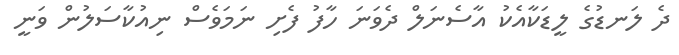
ދެ ލަނޑުގެ ލީޑަކާއެކު އާސެނަލް ދެވަނަ ހާފު ފެށި ނަމަވެސް ނިއުކާސަލުން ވަނީ